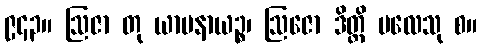
၉၄၃။ ဩဇာ တု ယာပနာယဉ္စ၊ ဩဇော ဒိတ္တိ ဗလေသု စ။